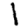
Digit: 1